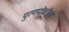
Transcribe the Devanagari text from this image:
पुरणपोळीला